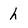
Character: h